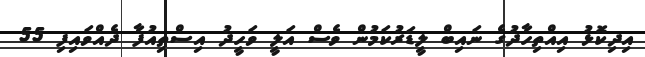
އިދިކޮޅު އިއްތިހާދުގެ ނައިބް ލީޑަރުކަމުން ވެސް އަލީ ވަހީދު އިސްތިއުފާ ދެއްވައިފި 55